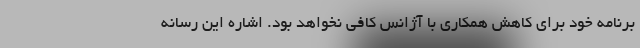
برنامه خود برای کاهش همکاری با آژانس کافی نخواهد بود. اشاره این رسانه